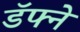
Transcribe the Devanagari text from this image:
डॅफ्ने